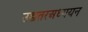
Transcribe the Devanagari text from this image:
उच्चतरअध्ययन